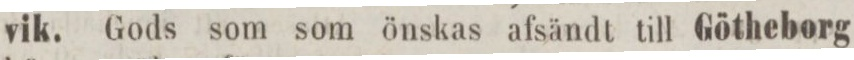
vik. Gods som som önskas afsändt till Götheborg